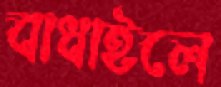
বাধাইলে